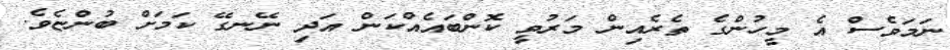
ނަމަވެސް އެ މީހުންގެ ތެރެއިން މަރުވީ ކޮންބައެއްކަން އަދި ނޭނގޭ ކަމަށް ބުންޏެވެ.